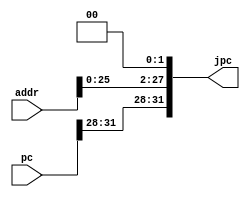
`timescale 1ns / 1ps
//////////////////////////////////////////////////////////////////////////////////
// Company: 
// Engineer: 
// 
// Design Name: 
// Module Name: Jshift
// Project Name: 
// Target Devices: 
// Tool Versions: 
// Description: 
// 
// Dependencies: 
// 
// Revision:
// Revision 0.01 - File Created
// Additional Comments:
// 
//////////////////////////////////////////////////////////////////////////////////


module Jshift(addr, pc, jpc);
    input [31:0] addr;
    input [31:0] pc;
    output [31:0] jpc;
    
    assign jpc[27:2] = addr[25:0];
    assign jpc[31:28] = pc[31:28];
    assign jpc [1:0] = 2'b00;
endmodule